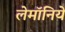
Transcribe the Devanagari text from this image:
लेमॉनिये